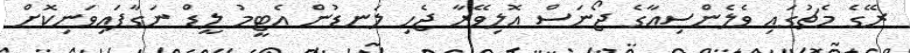
ރޭގެ މެޗުގައި ވެލެންސިއާގެ ޖޯނަސް އޮލިވޭރާ ޖެހި ލަނޑުން އެޓީމު ލީޑް ނަގާފައިވަނިކޮށް